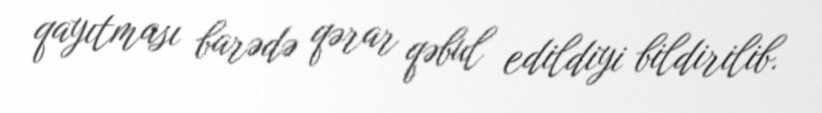
qayıtması barədə qərar qəbul edildiyi bildirilib.